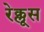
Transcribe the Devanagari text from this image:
रेक्लूस